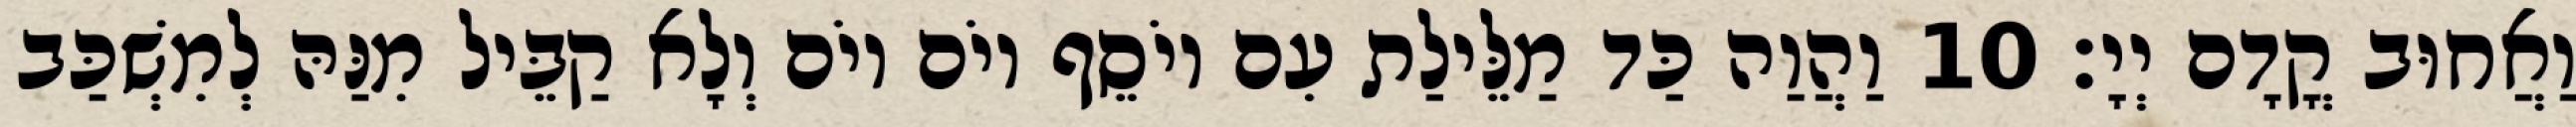
וַאֲחוּב קֳדָם יְיָ׃ 10 וַהֲוַה כַּד מַלֵּילַת עִם יוֹסֵף יוֹם יוֹם וְלָא קַבֵּיל מִנַּהּ לְמִשְׁכַּב